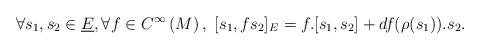
LaTeX: \begin{align*}\forall s_{1},s_{2}\in\underline{E},\forall f\in C^{\infty}\left( M\right),\ [s_{1},fs_{2}]_{E}=f.[s_{1},s_{2}]+df(\rho(s_{1})).s_{2}.\end{align*}